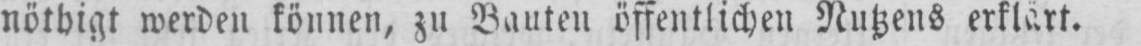
nöthigt werden können, zu Bauten öffentlichen Nutzens erklärt.